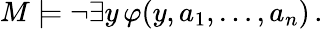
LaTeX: M\models\neg\exists y\, \varphi(y,a_{1},\dots,a_{n})\, .